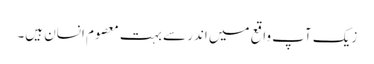
زیک آپ واقع میں اندر سے بہت معصوم انسان ہیں۔